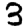
Digit: 3